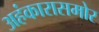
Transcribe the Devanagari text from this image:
अहंकारासमोर